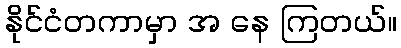
နိုင်ငံတကာမှာ အ နေ ကြတယ်။